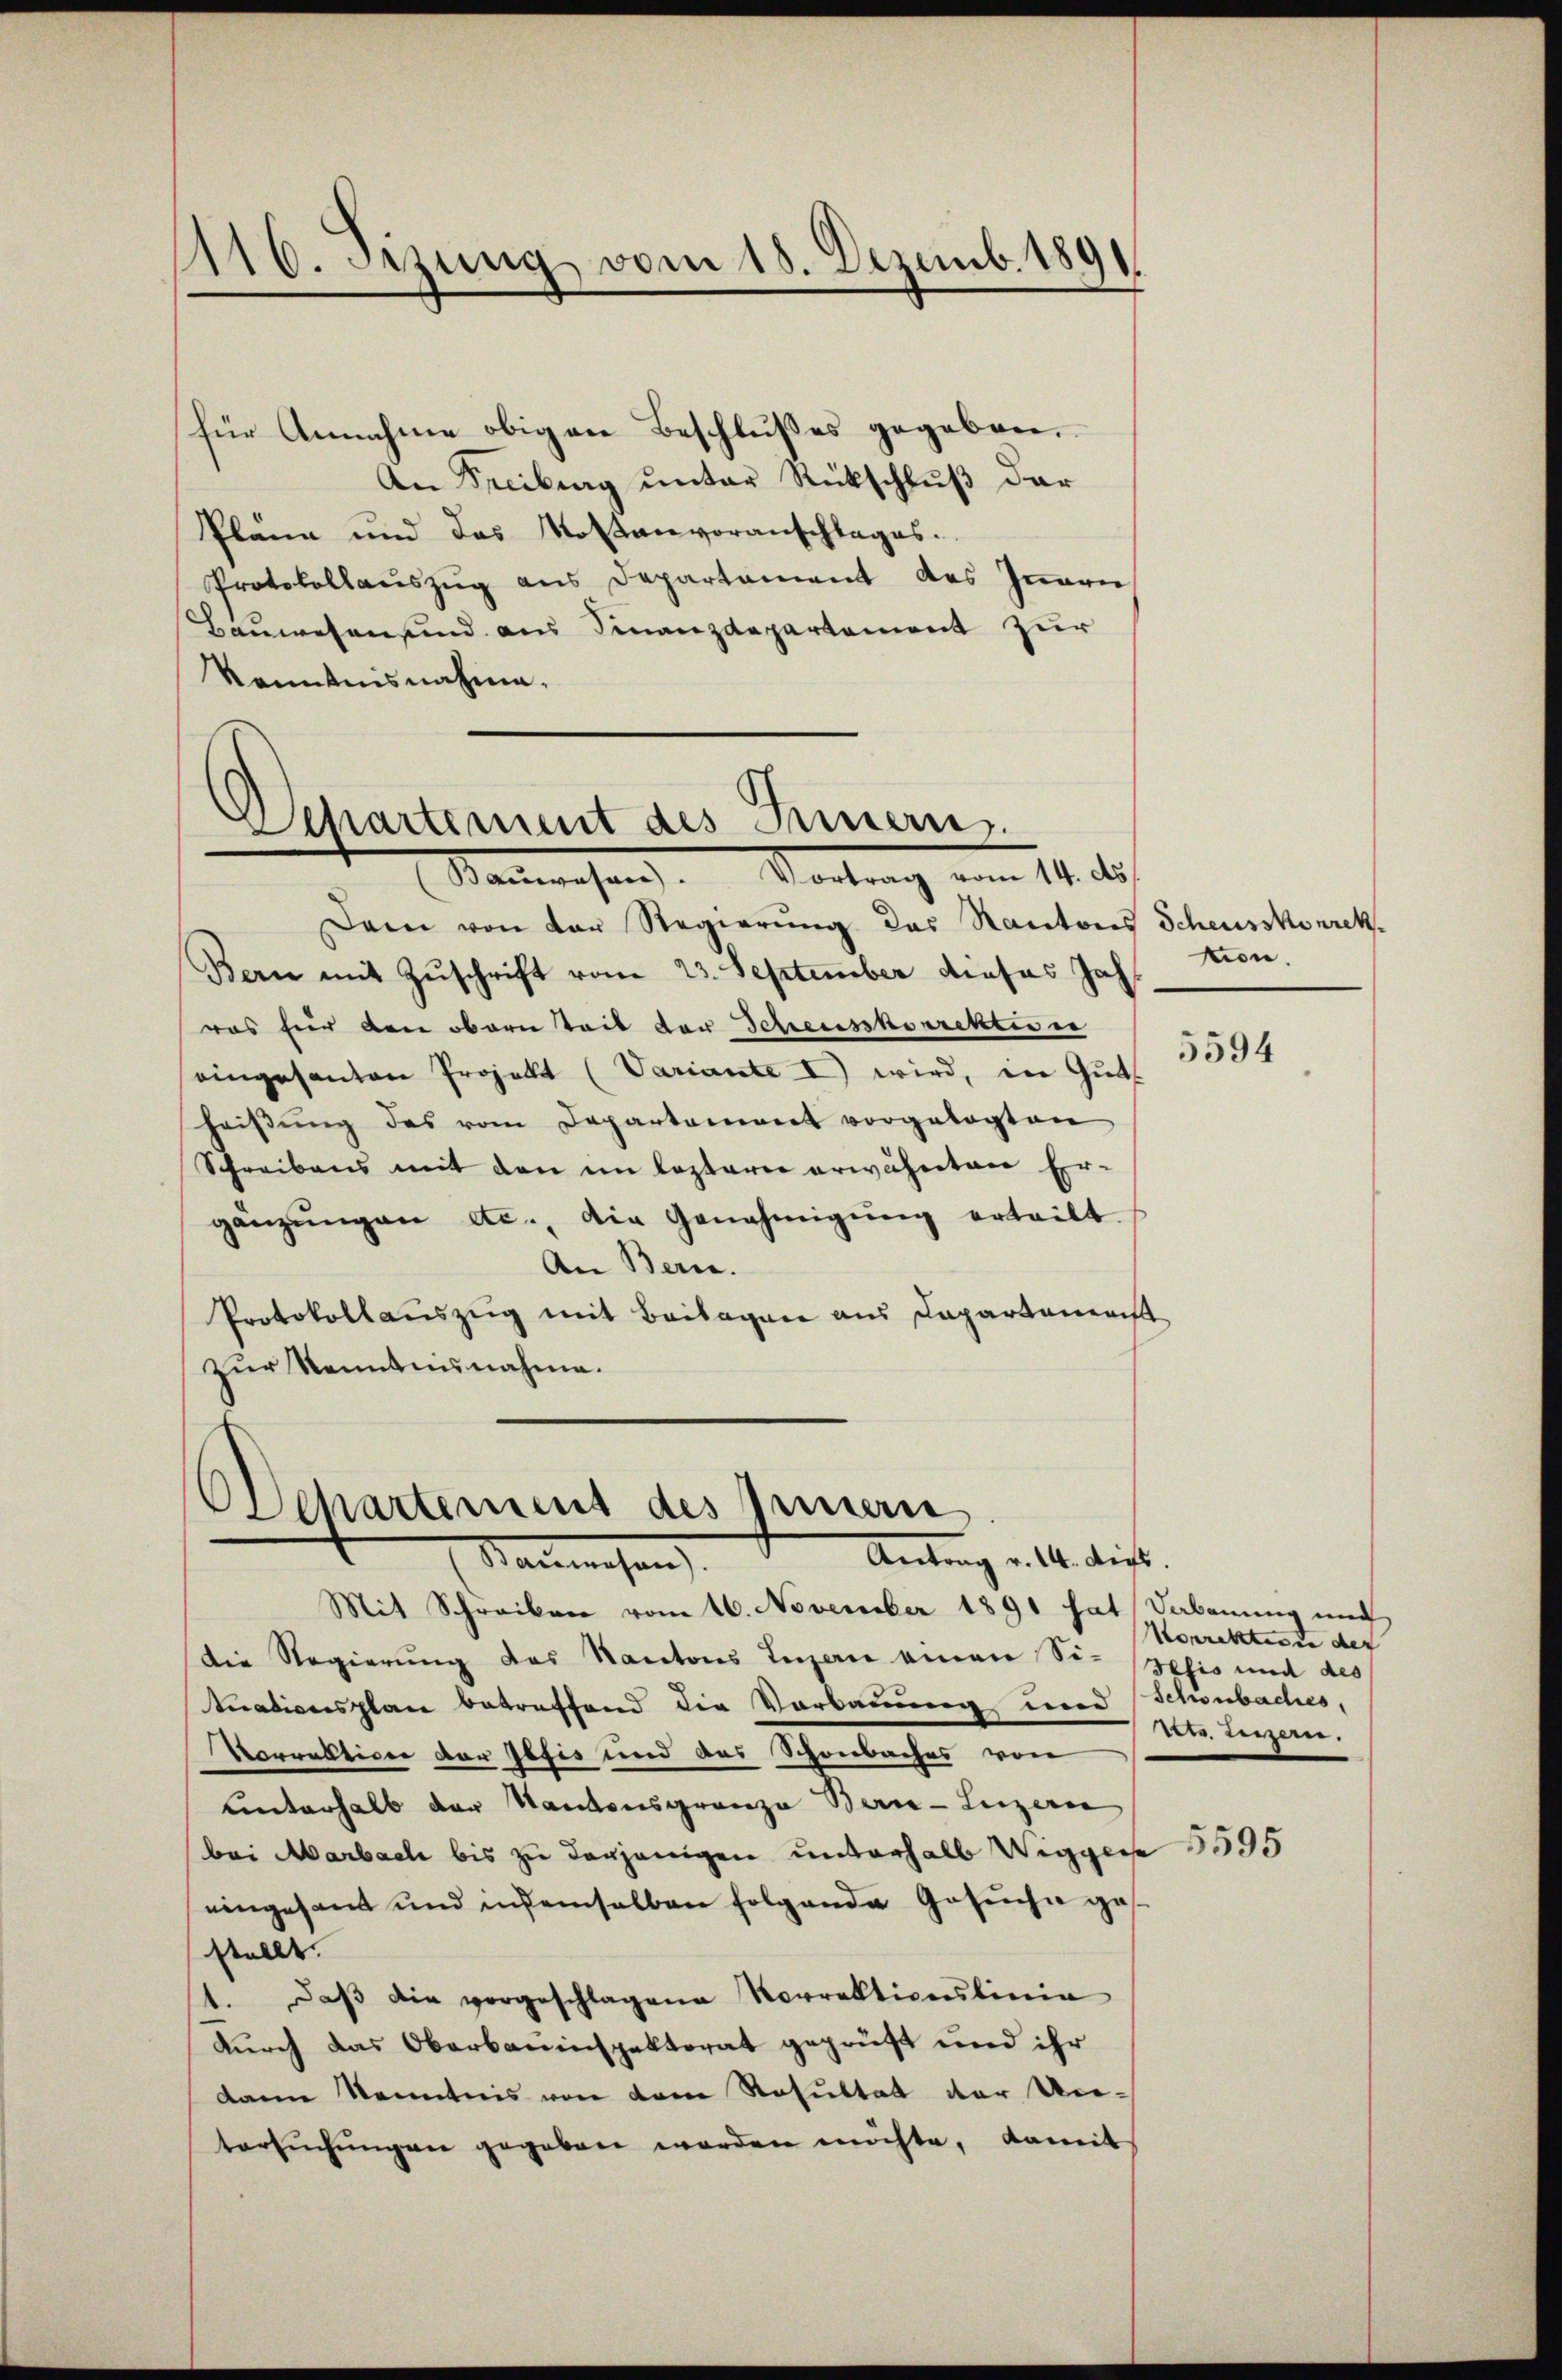
116. Setzung vom 15. Dezemb. 1891

für Annahme obigen Beschlußes gegeben,
An Freiburg unter Rückschluß der
Plane und das Kostenvoranschlages.
Protokollauszug aus Departement des Innern
Bauwesen sind aus Finanzdepartement zur
Kenntnisnahme.

Departement des Innern.
Stammenhang. Vortrag vom 14. ds.

Dann von der Regierung des Kantons Scheusskorrek¬
Bern mit Zuschrift vom 23. September dieses Jah
ras für den obern Zeit der Scheusskorrektion
eingesanten Projekt (Variante I) wird, in Gut
heißung des vom Departement vorgelegten
Schreibens mit den im lezterer erwähnten Er-
gänzŭngen etc., die Genehmigŭng erteilt.
An Berne.
Protokollauszug mit Beilagen aus Capartaminist
zur Kenntnisnahme.

Departement des Innern
Antrag v. 14. dies
Materiesen

Mit Schreiben vom 16. November 1891 hat Sabenung und
Die Regierung des Kantons Luzern einen Si-Hefis und des
tuationsplan betreffend die Vorbauung und Schönbaches,
Vorrektion der Ibfis und des Schönbaches von
unterhalb der Kantonsgrenze Bern-Luzern
bei Marbach bis zu derjenigen unterhalb Wiggene 1595
eingesant und in demselben folgende Gesŭche ges.
stellt.
1. daβ die vorgeschlagene Norrektionslinie
durch das Oberbauinspektorat geprüft und ihr
dann kenntnis von den Resultat der Un-
tersŭchŭngen gegeben worden möchte, damit

tion.

5594

Korrekten in der
Dr. Luzern.